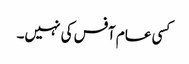
کسی عام آفس کی نہیں۔